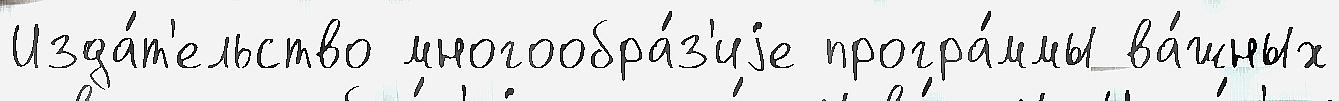
Изда́т'ельство многообра́з'иjе програ́ммы ва́жных